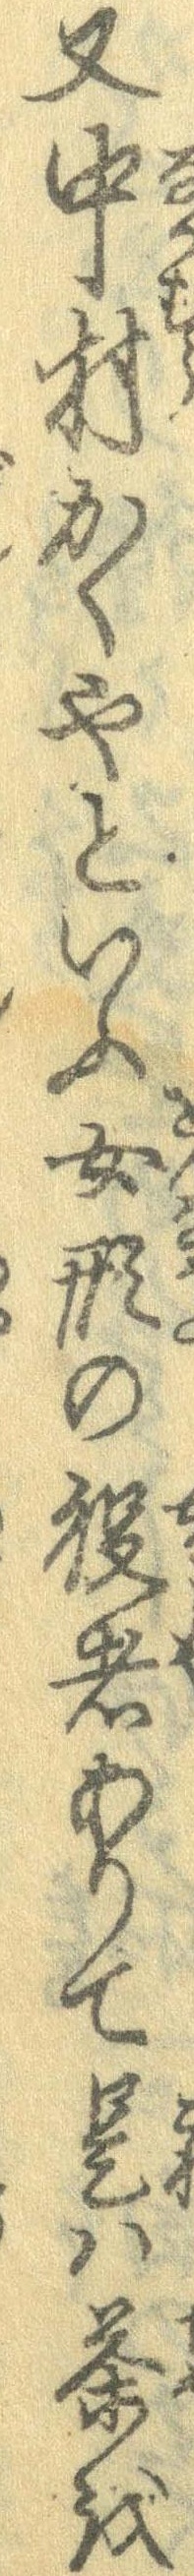
又中村かくやといふ女形の役者ありて是は茶を